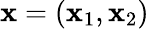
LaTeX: \mathbf{x}=(\mathbf{x}_{1},\mathbf{x}_{2})